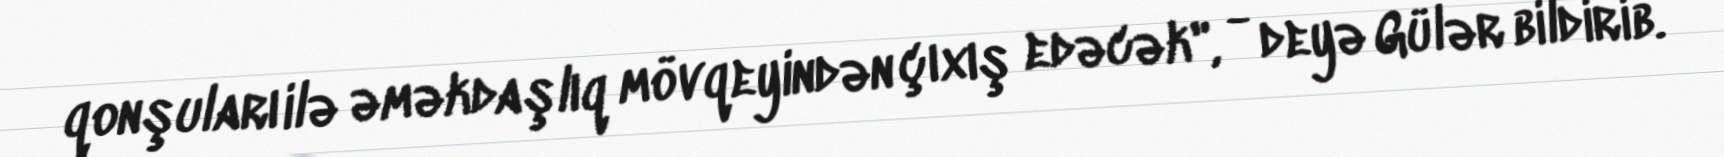
qonşuları ilə əməkdaşlıq mövqeyindən çıxış edəcək", - deyə Gülər bildirib.